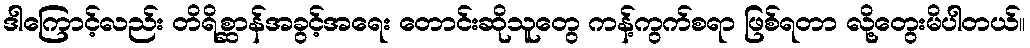
ဒါကြောင့်လည်း တိရိစ္ဆာန်အခွင့်အရေး တောင်းဆိုသူတွေ ကန့်ကွက်စရာ ဖြစ်ရတာ လို့တွေးမိပါတယ်။